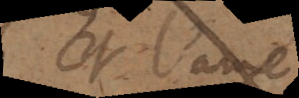
et l’ame